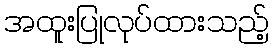
အထူးပြုလုပ်ထားသည့်